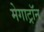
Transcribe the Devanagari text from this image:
मेगाट्रॉन